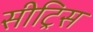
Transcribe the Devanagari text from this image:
सीट्रिस